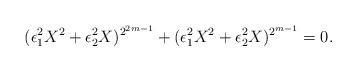
LaTeX: \begin{align*}(\epsilon_1^2X^2+\epsilon_2^2X)^{2^{2m-1}}+(\epsilon_1^2X^2+\epsilon_2^2X)^{2^{m-1}}=0.\end{align*}